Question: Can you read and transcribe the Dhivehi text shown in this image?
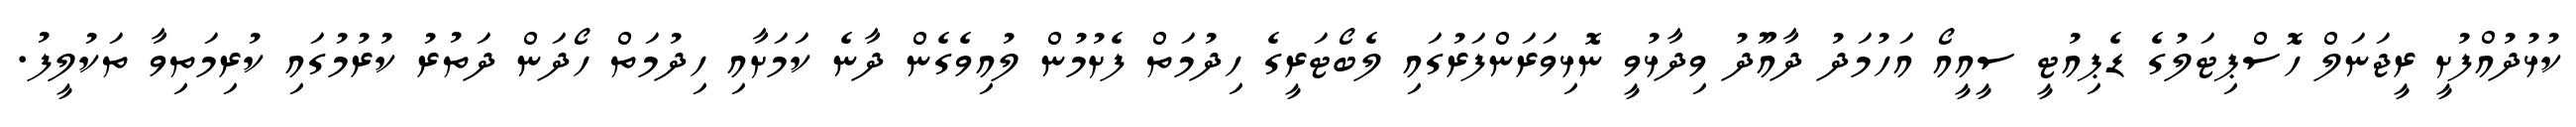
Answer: ކުޅުދުއްފުށީ ރީޖަނަލް ހޮސްޕިޓަލުގެ ޑެޕިއުޓީ ސީއީއޯ އަހުމަދު ދާއޫދު ވިދާޅުވީ ނޮޅިވަރަންފަރުގައި ލެބޯޓަރީގެ ހިދުމަތް ފެށުމުން ލުއިވެގެން ދާނެ ކަމަށާއި ހިދުމަތް ހޯދަން ދަތުރު ކުރުމުގައި ކުރިމަތިވާ ތަކުލީފު.